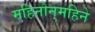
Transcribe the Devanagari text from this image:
महिनोन्‌महिने